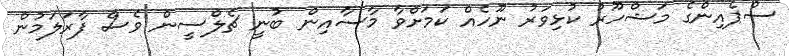
ސްޕެއިންގެ މަޝްހޫރު ކުޅިވަރު ނޫހެއް ކަމަށްވާ މާސާއިން ބުނީ ޗެލްސީން ވެސް ފާރަލަމުން